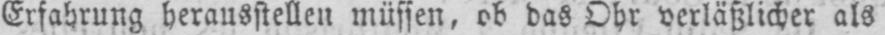
Erfahrung herausstellen müssen, ob das Ohr verläßlicher als